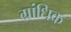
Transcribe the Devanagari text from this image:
ग्रांधिक